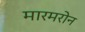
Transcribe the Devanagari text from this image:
मारमरोन